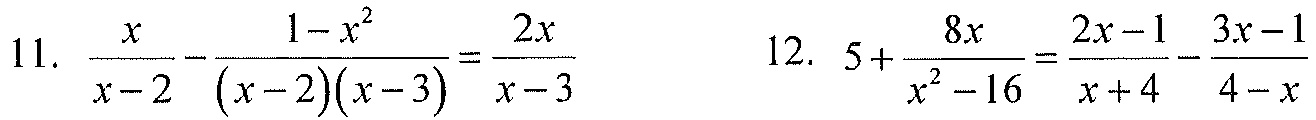
11. \(\frac{x}{x - 2}-\frac{1 - x^{2}}{(x - 2)(x - 3)}=\frac{2x}{x - 3}\)
12. \(5+\frac{8x}{x^{2}-16}=\frac{2x - 1}{x + 4}-\frac{3x - 1}{4 - x}\)